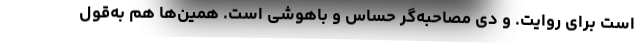
است برای روایت. و دِی مصاحبه‌گرِ حساس و باهوشی است. همین‌ها هم به‌قولِ